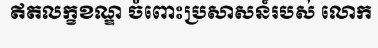
ឥតលក្ខខណ្ឌ ចំពោះប្រសាសន៍របស់ លោក